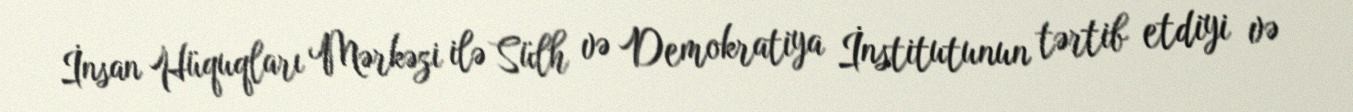
İnsan Hüquqları Mərkəzi ilə Sülh və Demokratiya İnstitutunun tərtib etdiyi və